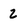
Character: 2